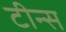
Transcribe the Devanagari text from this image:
टीन्स